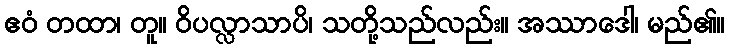
ဧဝံ တထာ၊ တူ။ ဝိပလ္လာသာပိ၊ သတို့သည်လည်း။ အဿာဒေါ၊ မည်၏။